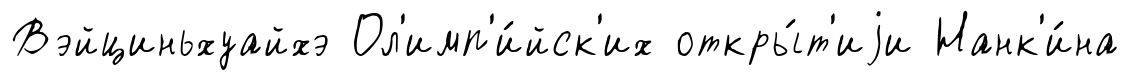
Вэйциньхуайхэ Ол'имп'и́йск'их откры́т'иjи Нанк'и́на